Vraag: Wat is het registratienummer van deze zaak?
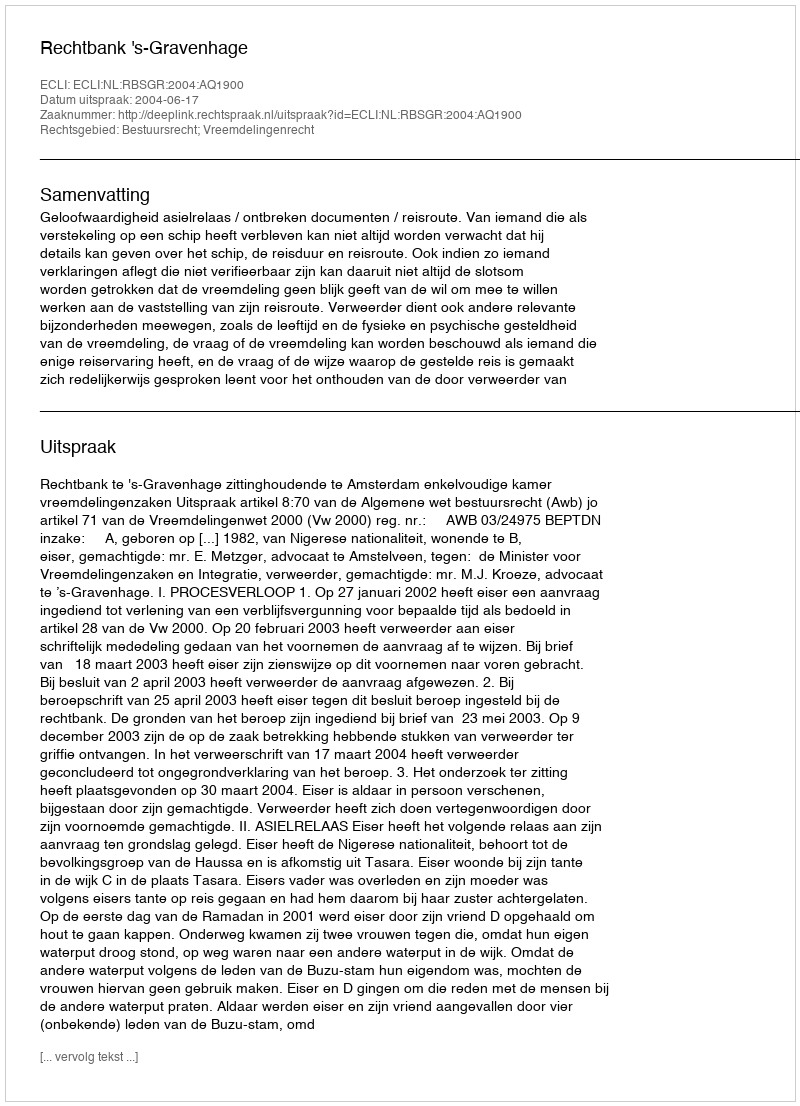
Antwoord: http://deeplink.rechtspraak.nl/uitspraak?id=ECLI:NL:RBSGR:2004:AQ1900